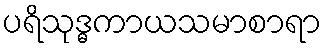
ပရိသုဒ္ဓကာယသမာစာရာ